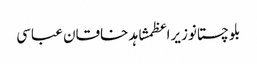
بلوچستانوزیراعظمشاہد خاقان عباسی